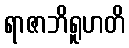
ရာဇာဘိရူဟတိ